Vabadussoja_Ajaloo_Komitee, lk 71
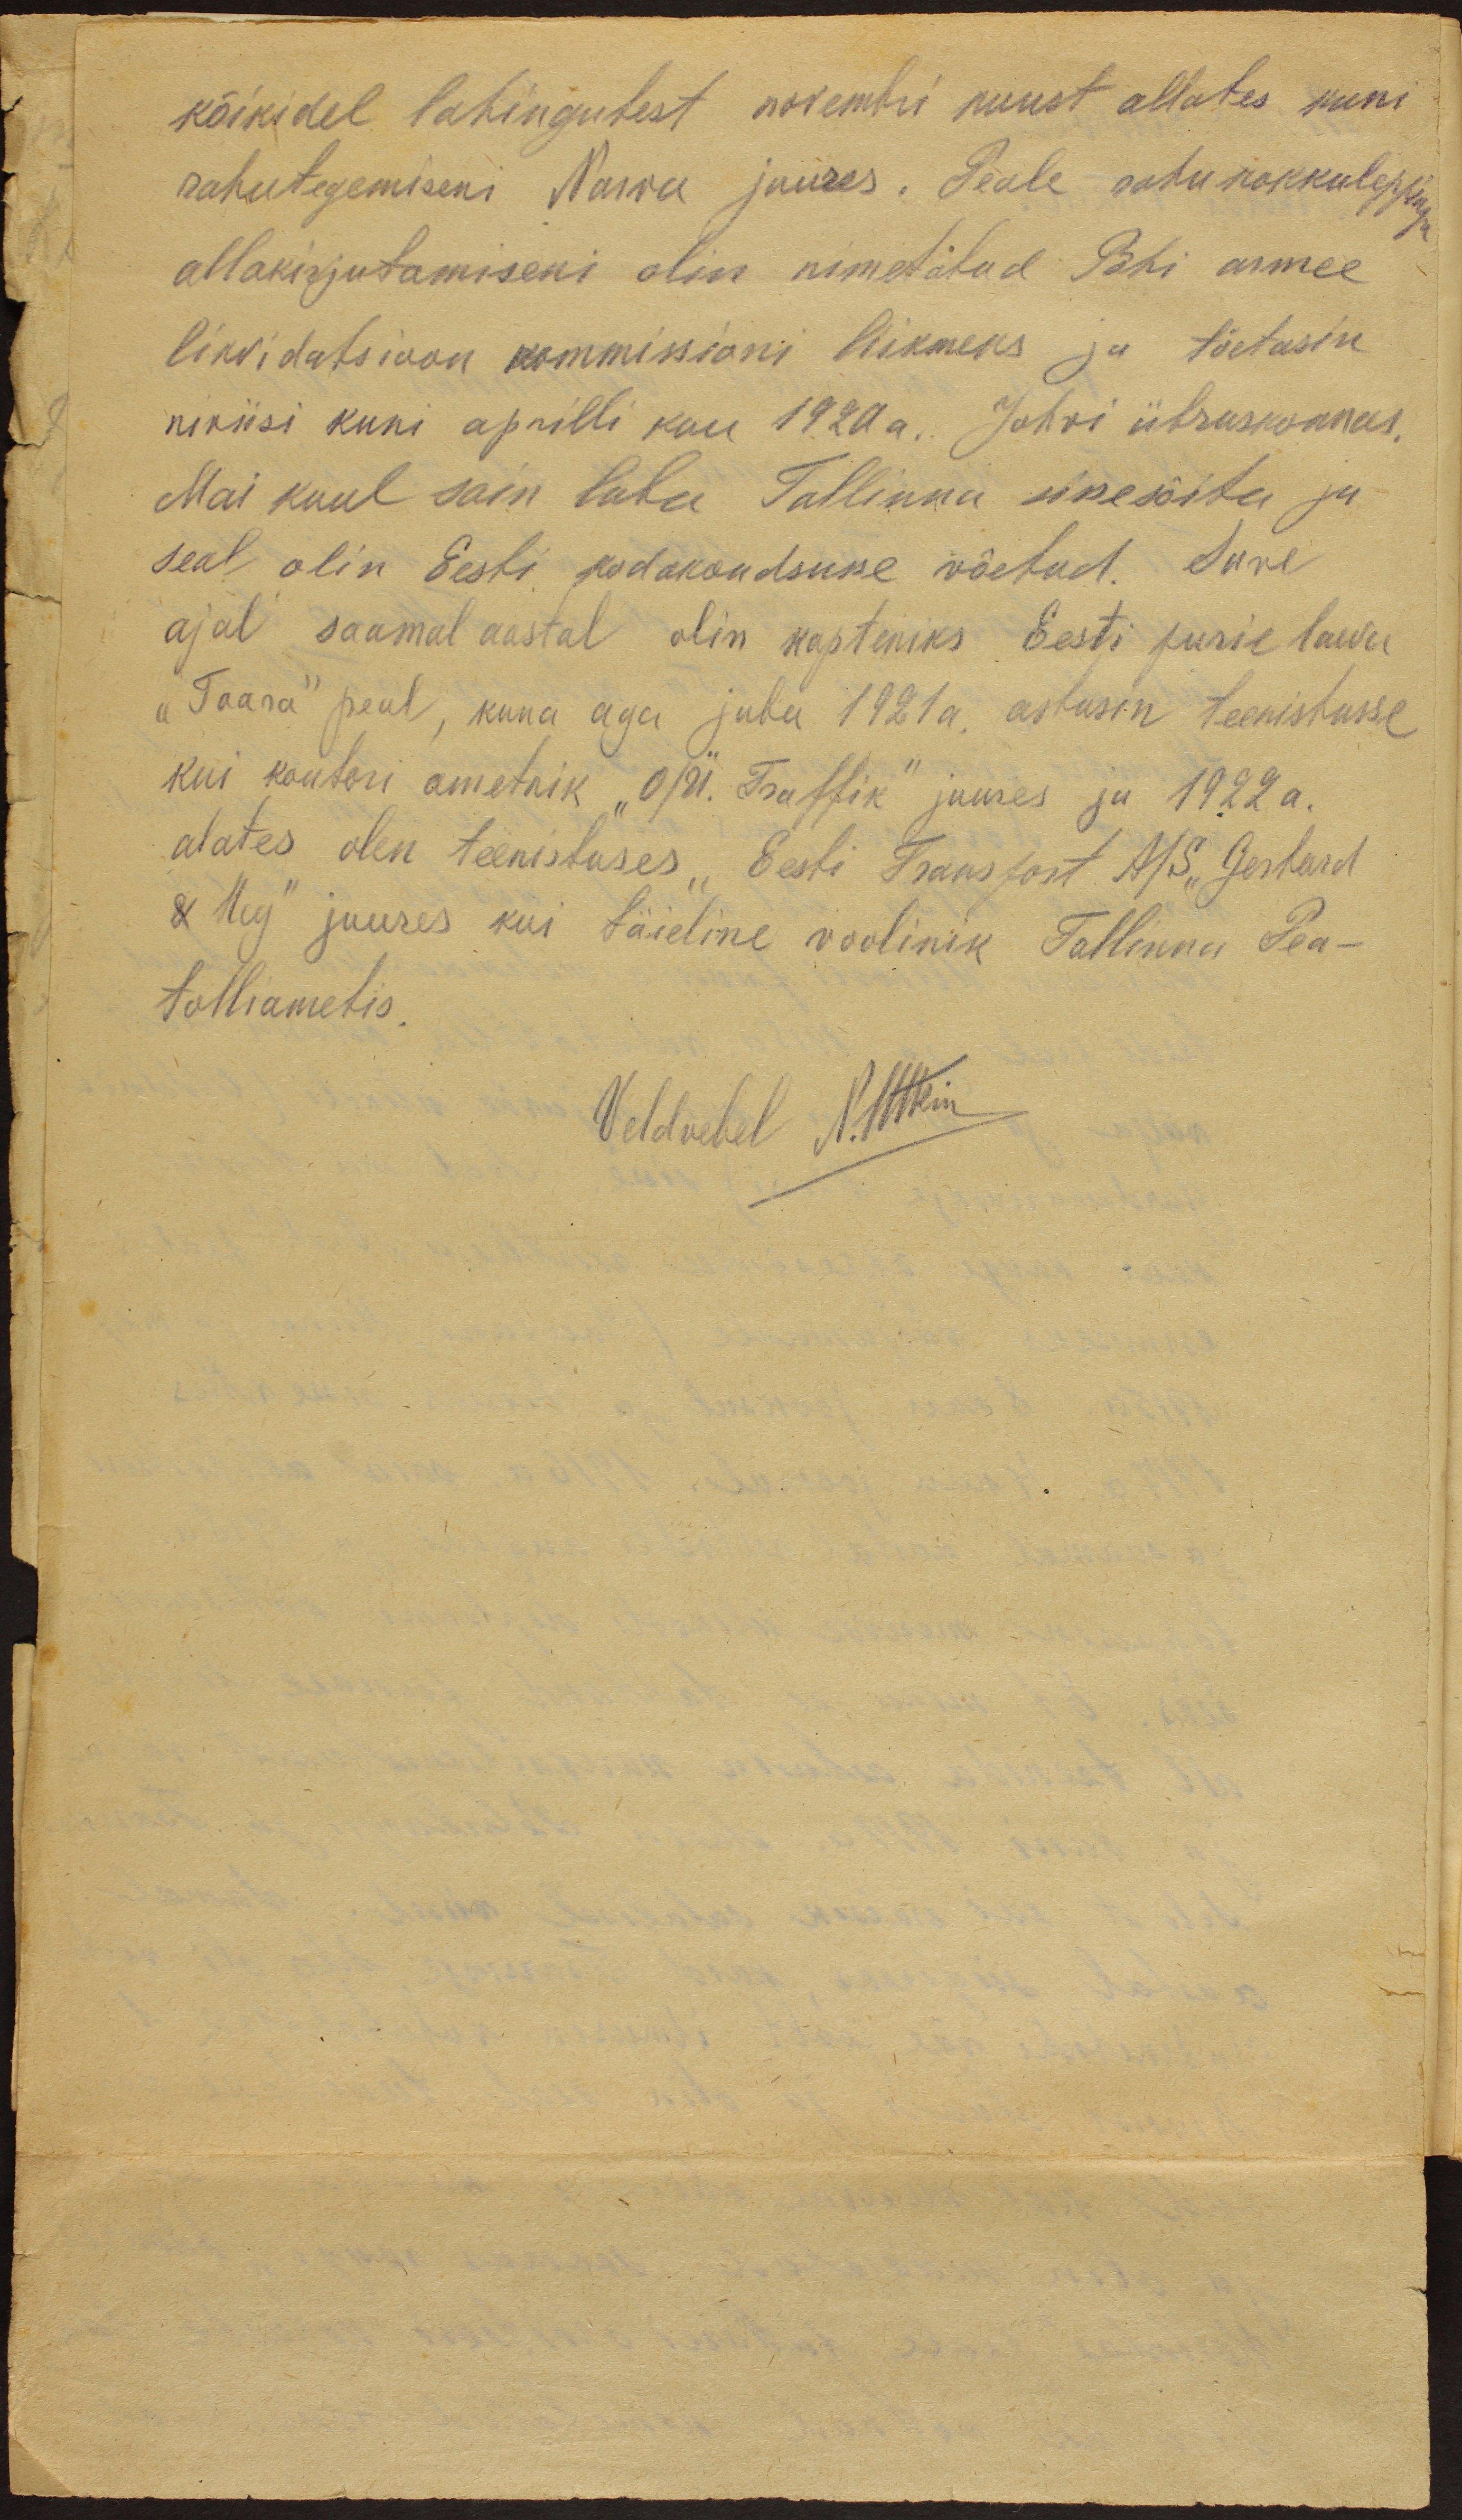
kõikidel lahingutest novembri kuust allates kuni
rahutegemiseni Narva juures. Peale rahukokkuleppingu
allakirjutamiseni olin nimetatud Põhi armee
likvidatsioon kommissioni liikmeks ja tõetasin
niviisi kuni aprilli kuu 1920 a. Jõhvi üksuskonnas.
Mai kuul sain luba Tallinna sissesõita ja
seal olin Eesti kodakondsusse võetud. Suve
ajal saamal aastal olin kapteniks Eesti purielaeva
„Taara“ peal, kuna aga juba 1921 a. astusin teenistusse
kui kontori ametnik „O/Ü Traffik“ juures ja 1922 a.
alates olen teenistuses „Eesti Transport A/S „Gerhard
& Hey“ juures kui täieline voolinik Tallinna Pea
tolliametis
Veldvebel N. Utkin